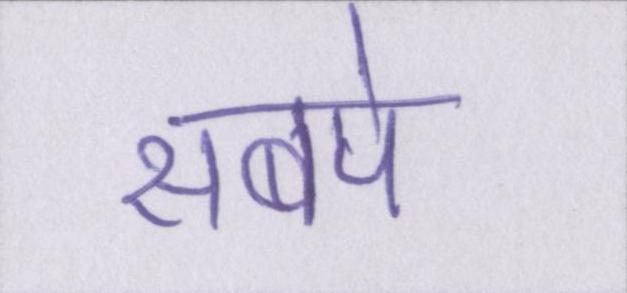
सबपे